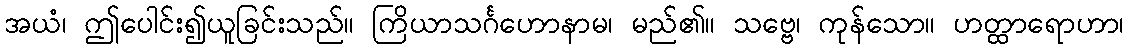
အယံ၊ ဤပေါင်း၍ယူခြင်းသည်။ ကြိယာသင်္ဂဟောနာမ၊ မည်၏။ သဗ္ဗေ၊ ကုန်သော။ ဟတ္ထာရောဟာ၊